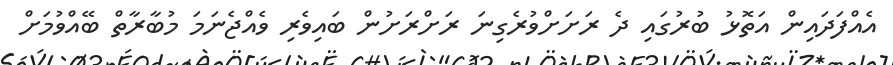
އެއްފަދައިން އަތޮޅު ބުރުގައި ދެ ރަށަށްވުރެގިނަ ރަށްރަށުން ބައިވެރި ވެއްޖެނަމަ މުބާރާތް ބޭއްވުމަށް